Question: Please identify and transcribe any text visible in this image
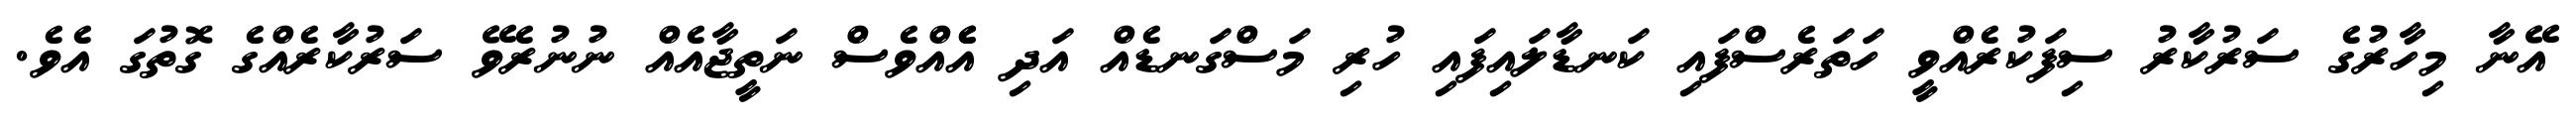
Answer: އޭނާ މިހާރުގެ ސަރުކާރު ސިފަކުރެއްވީ ހަތަރެސްފައި ކަނޑާލައިފައި ހުރި މަސްގަނޑެއް އަދި އެެއްވެސް ނަތީޖާއެއް ނުނުރެވޭ ސަރުކާރެއްގެ ގޮތުގަ އެވެ.